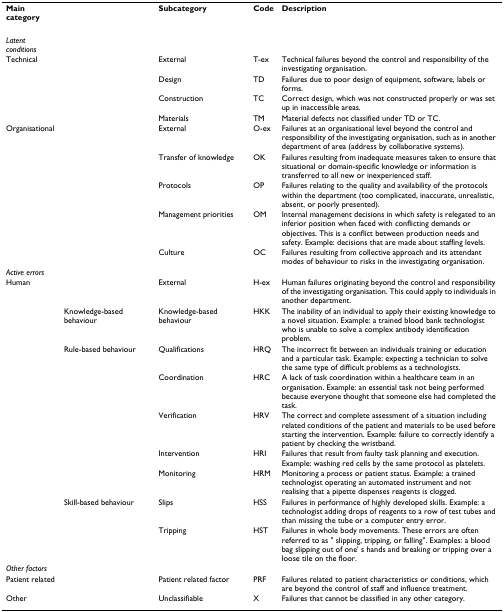
<table><thead><tr><td><b>Main category</b></td><td></td><td><b>Subcategory</b></td><td><b>Code</b></td><td><b>Description</b></td></tr></thead><tbody><tr><td><i>Latent conditions</i></td><td></td><td></td><td></td><td></td></tr><tr><td>Technical</td><td></td><td>External</td><td>T-ex</td><td>Technical failures beyond the control and responsibility of the investigating organisation.</td></tr><tr><td></td><td></td><td>Design</td><td>TD</td><td>Failures due to poor design of equipment, software, labels or forms.</td></tr><tr><td></td><td></td><td>Construction</td><td>TC</td><td>Correct design, which was not constructed properly or was set up in inaccessible areas.</td></tr><tr><td></td><td></td><td>Materials</td><td>TM</td><td>Material defects not classified under TD or TC.</td></tr><tr><td>Organisational</td><td></td><td>External</td><td>O-ex</td><td>Failures at an organisational level beyond the control and responsibility of the investigating organisation, such as in another department of area (address by collaborative systems).</td></tr><tr><td></td><td></td><td>Transfer of knowledge</td><td>OK</td><td>Failures resulting from inadequate measures taken to ensure that situational or domain-specific knowledge or information is transferred to all new or inexperienced staff.</td></tr><tr><td></td><td></td><td>Protocols</td><td>OP</td><td>Failures relating to the quality and availability of the protocols within the department (too complicated, inaccurate, unrealistic, absent, or poorly presented).</td></tr><tr><td></td><td></td><td>Management priorities</td><td>OM</td><td>Internal management decisions in which safety is relegated to an inferior position when faced with conflicting demands or objectives. This is a conflict between production needs and safety. Example: decisions that are made about staffing levels.</td></tr><tr><td></td><td></td><td>Culture</td><td>OC</td><td>Failures resulting from collective approach and its attendant modes of behaviour to risks in the investigating organisation.</td></tr><tr><td><i>Active errors</i></td><td></td><td></td><td></td><td></td></tr><tr><td>Human</td><td></td><td>External</td><td>H-ex</td><td>Human failures originating beyond the control and responsibility of the investigating organisation. This could apply to individuals in another department.</td></tr><tr><td></td><td>Knowledge-based behaviour</td><td>Knowledge-based behaviour</td><td>HKK</td><td>The inability of an individual to apply their existing knowledge to a novel situation. Example: a trained blood bank technologist who is unable to solve a complex antibody identification problem.</td></tr><tr><td></td><td>Rule-based behaviour</td><td>Qualifications</td><td>HRQ</td><td>The incorrect fit between an individuals training or education and a particular task. Example: expecting a technician to solve the same type of difficult problems as a technologists.</td></tr><tr><td></td><td></td><td>Coordination</td><td>HRC</td><td>A lack of task coordination within a healthcare team in an organisation. Example: an essential task not being performed because everyone thought that someone else had completed the task.</td></tr><tr><td></td><td></td><td>Verification</td><td>HRV</td><td>The correct and complete assessment of a situation including related conditions of the patient and materials to be used before starting the intervention. Example: failure to correctly identify a patient by checking the wristband.</td></tr><tr><td></td><td></td><td>Intervention</td><td>HRI</td><td>Failures that result from faulty task planning and execution. Example: washing red cells by the same protocol as platelets.</td></tr><tr><td></td><td></td><td>Monitoring</td><td>HRM</td><td>Monitoring a process or patient status. Example: a trained technologist operating an automated instrument and not realising that a pipette dispenses reagents is clogged.</td></tr><tr><td></td><td>Skill-based behaviour</td><td>Slips</td><td>HSS</td><td>Failures in performance of highly developed skills. Example: a technologist adding drops of reagents to a row of test tubes and than missing the tube or a computer entry error.</td></tr><tr><td></td><td></td><td>Tripping</td><td>HST</td><td>Failures in whole body movements. These errors are often referred to as &quot; slipping, tripping, or falling&quot;. Examples: a blood bag slipping out of one&#x27; s hands and breaking or tripping over a loose tile on the floor.</td></tr><tr><td><i>Other factors</i></td><td></td><td></td><td></td><td></td></tr><tr><td>Patient related</td><td></td><td>Patient related factor</td><td>PRF</td><td>Failures related to patient characteristics or conditions, which are beyond the control of staff and influence treatment.</td></tr><tr><td>Other</td><td></td><td>Unclassifiable</td><td>X</td><td>Failures that cannot be classified in any other category.</td></tr></tbody></table>